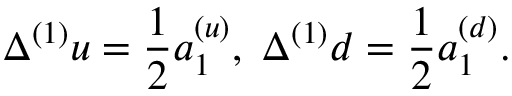
\Delta ^ { ( 1 ) } u = \frac { 1 } { 2 } a _ { 1 } ^ { ( u ) } , \; \Delta ^ { ( 1 ) } d = \frac { 1 } { 2 } a _ { 1 } ^ { ( d ) } .